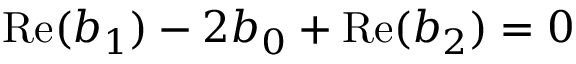
\mathrm { R e } ( b _ { 1 } ) - 2 b _ { 0 } + \mathrm { R e } ( b _ { 2 } ) = 0